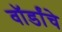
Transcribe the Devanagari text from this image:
वॉर्डांचे